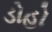
ડોહો